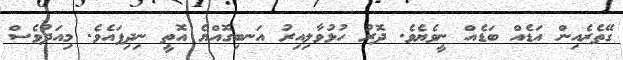
ގޭތެރެއިން އަޑެއް ބަޑެއް ނީވެޔެވެ. ދޮރު ހުޅުވާލިއިރު އަނބިގޮއްޔެ އޮތީ ނިދިފައެވެ. މިއަދުވެސް